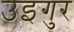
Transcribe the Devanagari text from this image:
उइगुर